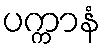
ပက္ကာနံ